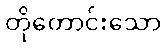
တိုတောင်းသော